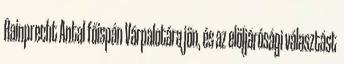
Rainprecht Antal főispán Várpalotára jön, és az elöljárósági választást